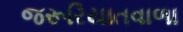
જરૂરિયાતવાળા